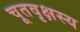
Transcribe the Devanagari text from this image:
चूतवृक्षस्य